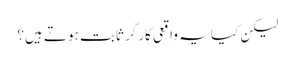
لیکن کیا یہ واقعی کارگر ثابت ہوتے ہیں؟